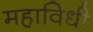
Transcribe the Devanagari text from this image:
महाविधी